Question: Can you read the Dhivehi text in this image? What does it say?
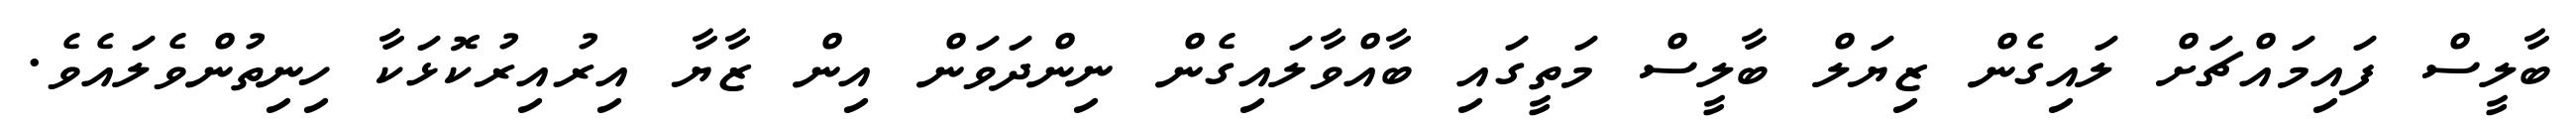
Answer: ބާލީސް ފައިމައްޗަށް ލައިގެން ޒިޔަލް ބާލީސް މަތީގައި ބާއްވާލައިގެން ނިންދަވަން އިން ޒާޔާ އިރުއިރުކޮޅަކާ ހިނިތުންވެލައެވެ.